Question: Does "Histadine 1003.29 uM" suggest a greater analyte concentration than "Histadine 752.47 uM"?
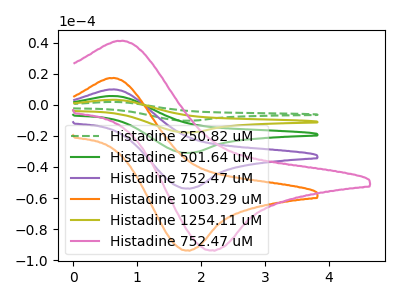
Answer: <think>The green dashed curve "Histadine 250.82 uM" has an anodic peak at (0.60V, 39.65uA) and a cathodic peak at (1.80V, -215.35uA). The green curve "Histadine 501.64 uM" has an anodic peak at (0.60V, 19.85uA) and a cathodic peak at (1.80V, -107.65uA). The purple curve "Histadine 752.47 uM" has an anodic peak at (0.60V, 9.90uA) and a cathodic peak at (1.80V, -53.85uA). The orange curve "Histadine 1003.29 uM" has an anodic peak at (0.60V, 17.25uA) and a cathodic peak at (1.80V, -93.70uA). The olive curve "Histadine 1254.11 uM" has an anodic peak at (0.60V, 29.75uA) and a cathodic peak at (1.80V, -161.50uA). The pink curve "Histadine 752.47 uM" has an anodic peak at (0.70V, 41.20uA) and a cathodic peak at (2.15V, -93.60uA).
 All the peaks in "Histadine 1003.29 uM" have a peak in "Histadine 752.47 uM" at the same potential. Every peak in "Histadine 1003.29 uM" is higher than every peak in "Histadine 752.47 uM".</think>
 <answer>"Histadine 1003.29 uM" has more signal than "Histadine 752.47 uM".</answer>
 <eval>more_signal</eval>